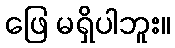
ဖြေ မရှိပါဘူး။